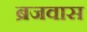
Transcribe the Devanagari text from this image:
ब्रजवास